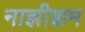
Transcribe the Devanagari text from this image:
नाझीझम